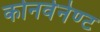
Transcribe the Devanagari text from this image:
कोनवेनेण्ट